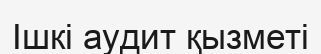
Ішкі аудит қызметі